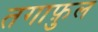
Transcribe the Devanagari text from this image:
तगाफ़ुल